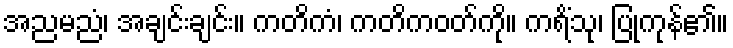
အညမညံ၊ အချင်းချင်း။ ကတိကံ၊ ကတိကဝတ်ကို။ ကရိံသု၊ ပြုကုန်၏။